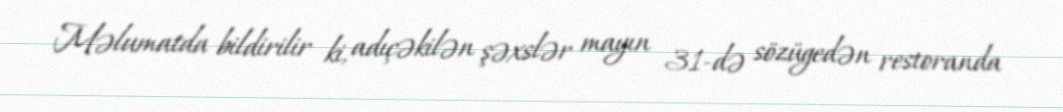
Məlumatda bildirilir ki, adıçəkilən şəxslər mayın 31-də sözügedən restoranda